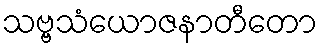
သဗ္ဗသံယောဇနာတီတော